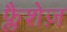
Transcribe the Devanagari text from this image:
फ्लैशेज़